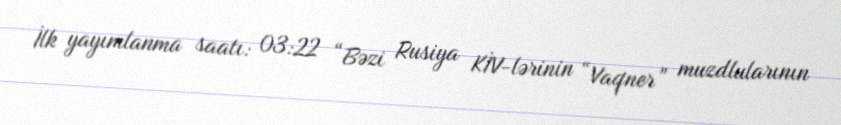
İlk yayımlanma saatı: 03:22 “Bəzi Rusiya KİV-lərinin “Vaqner” muzdlularının